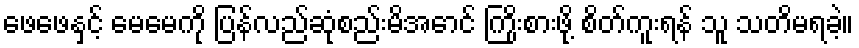
ဖေဖေနှင့် မေမေကို ပြန်လည်ဆုံစည်းမိအောင် ကြိုးစားဖို့ စိတ်ကူးရန် သူ သတိမရခဲ့။